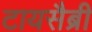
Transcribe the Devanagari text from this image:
टायसैब्री